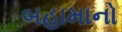
બહામાનો